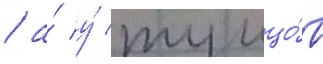
/ а́ у́ тунцо́в